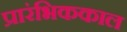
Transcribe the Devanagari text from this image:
प्रारंभिककाल